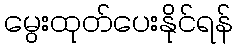
မွေးထုတ်ပေးနိုင်ရန်